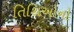
તિથિઓનો